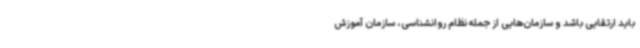
باید ارتقایی باشد و سازمان‌هایی از جمله نظام روانشناسی، سازمان آموزش